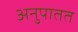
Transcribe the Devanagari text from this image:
अनुपातत